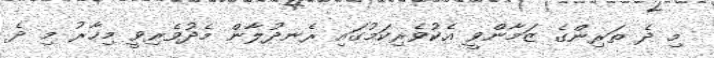
މި ދެ ތަރިންގެ ޒަމާންވީ އެކުވެރިކަމުގައި ރެނދުލާން މެދުވެރިވީ މިހާރު މި ދެ